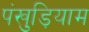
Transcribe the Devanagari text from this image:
पंखुड़ियाम